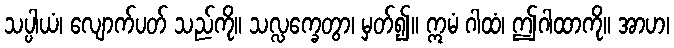
သပ္ပါယံ၊ လျောက်ပတ် သည်ကို။ သလ္လက္ခေတွာ၊ မှတ်၍။ ဣမံ ဂါထံ၊ ဤဂါထာကို။ အာဟ၊